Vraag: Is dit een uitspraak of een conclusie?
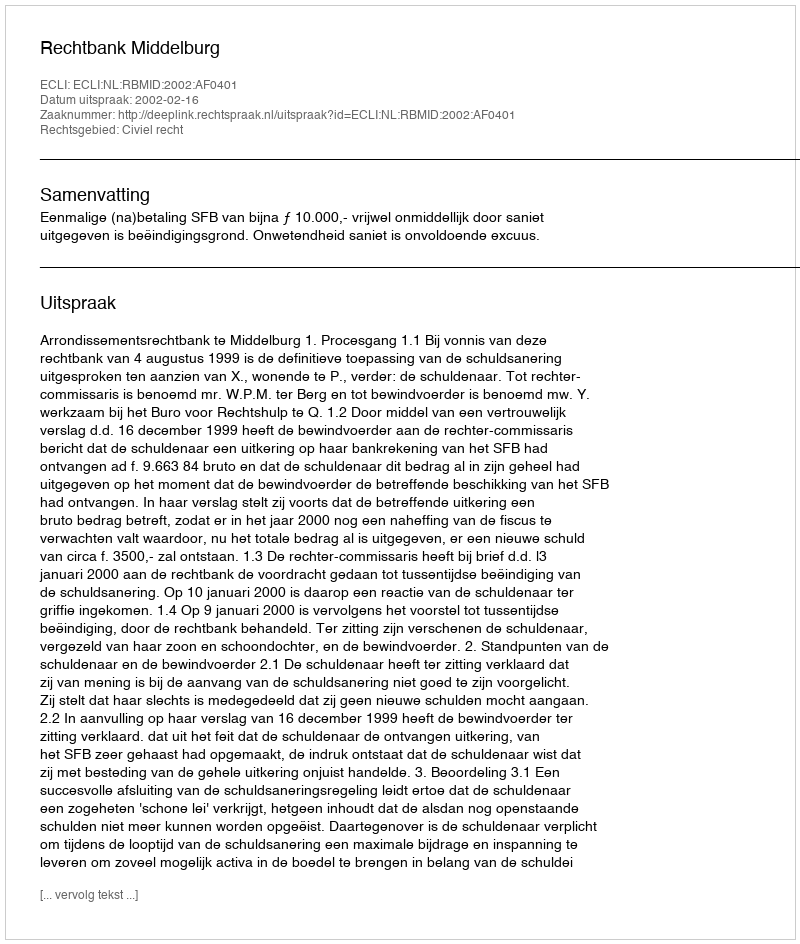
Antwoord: Uitspraak